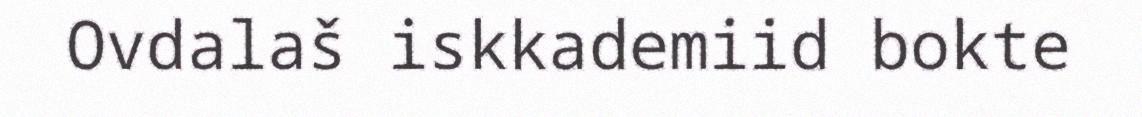
Ovdalaš iskkademiid bokte